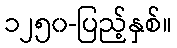
၁၂၅၀-ပြည့်နှစ်။